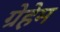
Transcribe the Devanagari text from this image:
ग्रेहेम